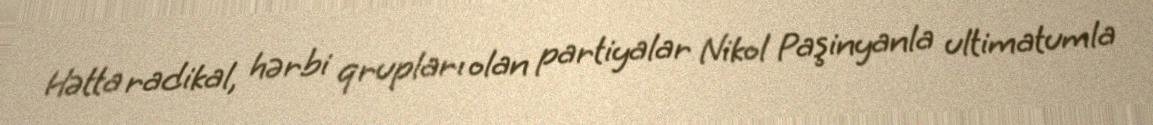
Hətta radikal, hərbi qrupları olan partiyalar Nikol Paşinyanla ultimatumla